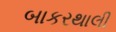
બાકરથાલી